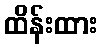
ထိန်းထား